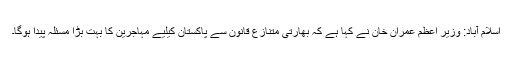
اسلام آباد: وزیر اعظم عمران خان نے کہا ہے کہ بھارتی متنازع قانون سے پاکستان کیلیے مہاجرین کا بہت بڑا مسئلہ پیدا ہوگا۔